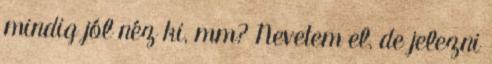
mindig jól néz ki, mm? Nevetem el, de jelezni